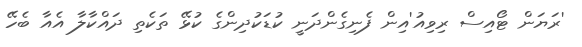
'ރަޔަން ޓޯއިސް ރިވިއު'އިން ފެނިގެންދަނީ ކުޑަކުދިންގެ ކުޅޭ ތަކެތި ދައްކާލާ އެއާ ބެހޭ